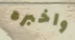
واخبره